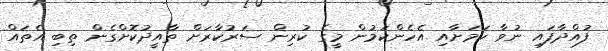
ފުއްދާފައި ނުވާ ކަަމަށާއި އެހެންކަމުން މީގެ ކުރިން ސަރުކާރަށް ތާއީދުކޮށްގެން ތިބި އެތައް